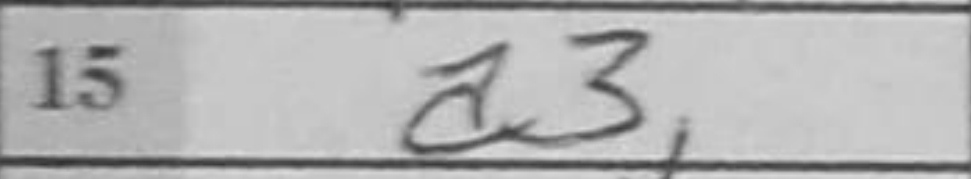
Transcription: a3